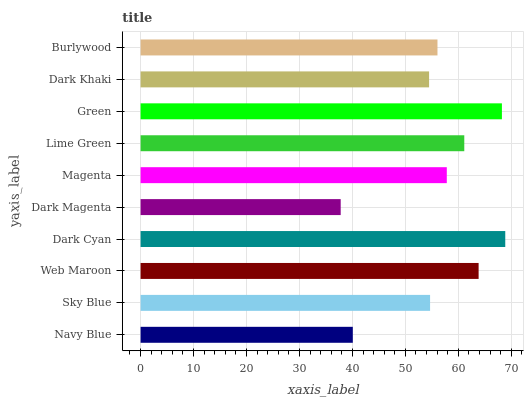
| yaxis_label | bars |
 | --- | --- |
 | Navy Blue | 40.1 |
 | Sky Blue | 54.7 |
 | Web Maroon | 63.8 |
 | Dark Cyan | 68.9 |
 | Dark Magenta | 37.8 |
 | Magenta | 57.8 |
 | Lime Green | 61.1 |
 | Green | 68.2 |
 | Dark Khaki | 54.5 |
 | Burlywood | 56.1 |